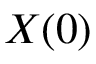
X ( 0 )